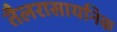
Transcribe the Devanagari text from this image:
तैलरासायनिक